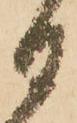
日